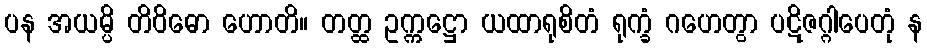
ပန အယမ္ပိ တိဝိဓော ဟောတိ။ တတ္ထ ဥက္ကဋ္ဌော ယထာရုစိတံ ရုက္ခံ ဂဟေတွာ ပဋိဇဂ္ဂါပေတုံ န